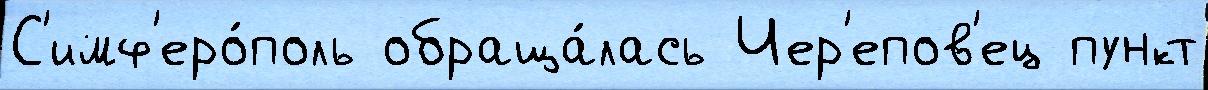
С'имф'еро́поль обраща́лась Чер'епов'ец пункт